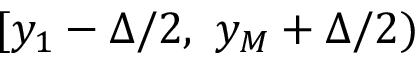
[ y _ { 1 } - \Delta / 2 , ~ y _ { M } + \Delta / 2 )